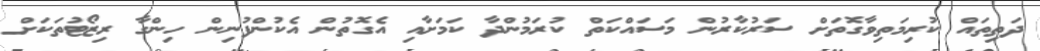
ދަތިތައް ކުރިމަތިވާގޮތަށް ސަރުކާރުން މަސައްކަތް ކުރަމުންދާ ކަމަށާއި އެގޮތުން އެކުންފުނިން ހިންގާ ރިޒޯޓުތަކަށް